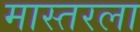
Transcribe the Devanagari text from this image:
मास्तरला